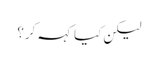
لیکن کیا کہہ کر؟